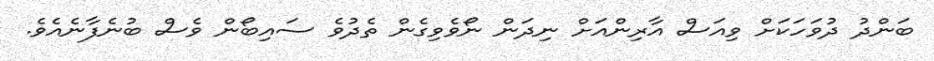
ބަންދު ދުވަހަކަށް ވިއަސް އާރިންއަށް ނިދަން ނޯވެވިގެން ތެދުވެ ސައިބޯން ވެސް ބުނެފާނެއެވެ.